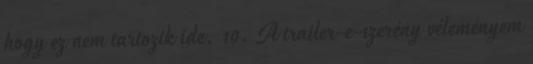
hogy ez nem tartozik ide. 10. A trailer-e-szerény véleményem